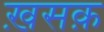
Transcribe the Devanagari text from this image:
ख़सक़